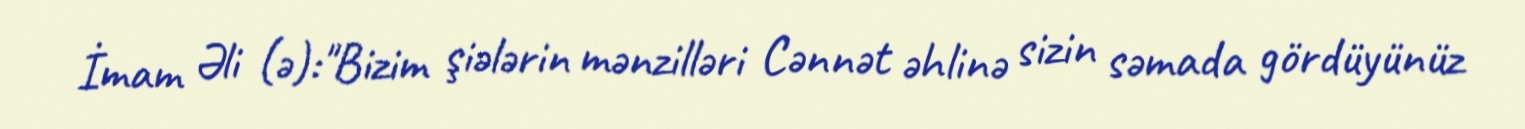
İmam Əli (ə):"Bizim şiələrin mənzilləri Cənnət əhlinə sizin səmada gördüyünüz